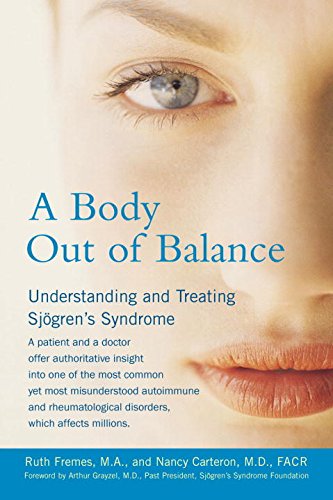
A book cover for A Body Out of Balance; Nancy Carteron; Health, Fitness & Dieting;